Vaccination in the Punjab 1919-1929 - 1919-1929
Year: 1919
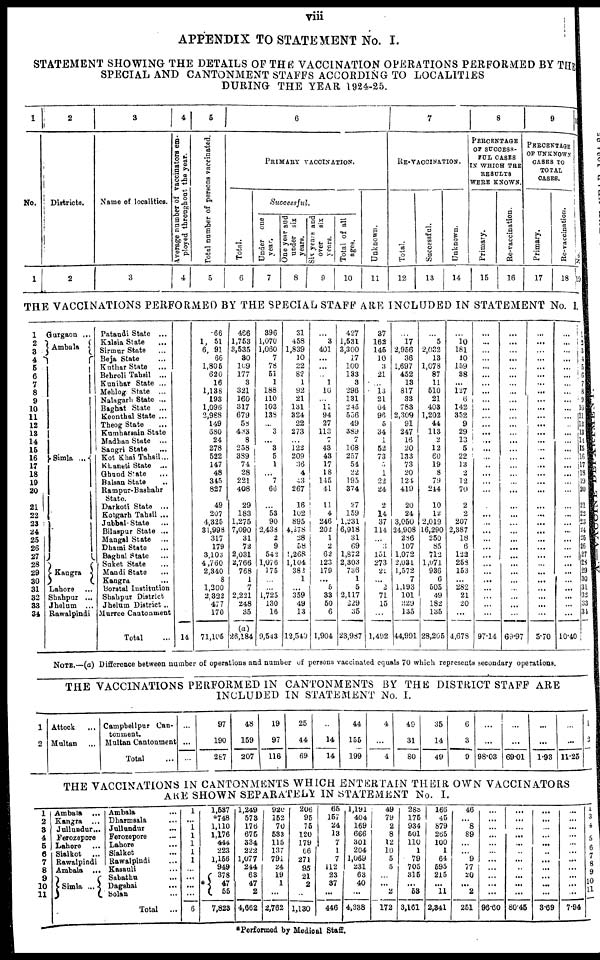
viii
APPENDIX TO STATEMENT No. I.
STATEMENT SHOWING THE DETAILS OF THE VACCINATION OPERATIONS PERFORMED BY THE
SPECIAL AND CANTONMENT STAFFS ACCORDING TO LOCALITIES
DURING THE YEAR 1924-25.
1
No.
1
2
Districts.
2
3
Name of localities.
3
4
Average
number of vaccinators em-
ployed throughout the year.
4
5
Total number of persons vaccinated.
5
6
PRIMARY VACCINATION.
Total.
6
Successful.
Under one
year.
7
One year and
under six
years.
8
Six years and
over
six
years.
9
Total of all
ages.
10
Unknown.
11
7
RE-VACCINATION.
Total.
12
Successful.
13
Unknown.
14
8
PERCENTAGE
OF SUCCESS-
FUL CASES
IN WHICH THE
RESULTS
WERE KNOWN.
Primary.
15
Re-vaccination.
16
9
PERCENTAGE
OF UNKNOWN
CASES TO
TOTAL
CASES.
Primary.
17
Re-vaccination.
18
10
No.
19
THE VACCINATIONS PERFORMED BY THE SPECIAL STAFF ARE INCLUDED IN STATEMENT No. I.
1
2
3
4
5
6
7
8
9
10
11
12
13
14
15
16
17
18
19
20
21
22
23
24
25
26
27
28
29
30
31
32
33
34
Gurgaon ...
Ambala
Simla ...
Kangra
Lahore ...
Shahpur ...
Jhelum
...
Rawalpindi
Pataudi State ...
Kalsia State ...
Sirmur State ...
Beja State ...
Kuthar State ...
Behroli Tahsil ...
Kunihar State ...
Mehlog State ...
Nalagarh State ...
Baghat State ...
Keonthal State ...
Theog State ...
Kumharsain State
Madhan State ...
Sangri State ...
Kot Khai Tahsil ...
Khaneti State ...
Ghund State ...
Balsan State ...
Rampur-Bashahr
State.
Darkoti State ...
Kotgarh Tahsil ...
Jubbal State ...
Bilaspur State ...
Mangal State ...
Dhami State
...
Baghal State
...
Suket State ...
Mandi State ...
Kangra ...
Borstal Institution
Shahpur District
Jhelum District ..
Murree Cantonment
Total ...
14
66
1, 51
6, 91
66
1,805
620
16
1,138
198
1,096
2,988
149
680
24
278
522
147
48
345
827
49
207
4,325
31,998
317
179
3,103
4,760
2,340
8
1,200
2,322
477
170
71,105
466
1,753
3,535
30
109
177
3
321
160
317
679
58
433
8
258
389
74
28
221
408
29
183
1,275
7,090
31
72
2,031
2,766
768
1
7
2,221
248
35
(a)
26,184
396
1,070
1,060
7
78
51
1
188
110
103
138
...
3
...
3
5
1
...
7
66
...
53
90
2,438
2
9
542
1,076
175
...
...
1,725
130
16
9,543
31
458
1,839
10
22
82
1
92
21
131
324
22
273
...
122
209
36
4
43
267
16
102
895
4,278
28
58
1,268
1,104
382
1
...
359
49
13
12,540
...
3
401
...
...
...
1
16
...
11
94
27
113
7
43
43
17
18
145
41
11
4
246
202
1
2
62
123
179
...
5
33
50
6
1,904
427
1,531
3,300
17
100
133
3
296
131
245
556
49
389
7
168
257
54
22
195
374
27
159
1,231
6,918
31
69
1,872
2,303
736
1
5
2,117
229
35
23,987
37
163
145
10
3
21
...
l3
21
64
96
5
34
1
52
73
3
1
22
24
2
14
37
114
...
3
151
273
21
...
2
71
15
...
1,492
...
17
2,956
36
1,697
452
13
817
33
783
2,309
91
247
16
20
133
73
20
124
419
20
24
3,050
24,908
286
107
1,072
2,031
1,572
7
1,193
101
229
135
44,991
...
5
2,032
13
1,078
87
11
510
21
403
1,202
44
113
2
12
60
19
8
79
244
10
12
2,019
16,290
250
85
712
1,071
936
6
503
49
182
135
28,205
...
10
181
10
159
38
...
127
6
142
352
9
29
13
5
22
13
2
12
70
2
2
207
2,387
18
6
123
258
153
...
282
21
20
...
4,678
...
...
...
...
...
...
...
...
...
...
...
...
...
...
...
...
...
...
...
...
...
...
...
...
...
...
...
...
...
...
...
...
...
...
97.14
...
...
...
...
...
...
...
...
...
...
...
...
...
...
...
...
...
...
...
...
...
...
...
...
...
...
...
...
...
...
...
...
...
...
69.97
...
...
...
...
...
...
...
...
...
...
...
...
...
...
...
...
...
...
...
...
...
...
...
...
...
...
...
...
...
...
...
...
...
...
5.70
...
...
...
...
...
...
...
...
...
...
...
...
...
...
...
...
...
...
...
...
...
...
...
...
...
...
...
...
...
...
...
...
...
...
10.40
1
2
3
4
5
6
7
8
9
10
11
12
13
14
15
16
17
18
19
20
21
22
23
24
25
26
27
28
29
30
31
32
33
34
NOTE.—(a) Difference between number of operations and number of persons vaccinated equals 70 which represents secondary operations.
THE VACCINATIONS PERFORMED IN CANTONMENTS BY THE DISTRICT STAFF ARE
INCLUDED IN STATEMENT No. I.
1
2
Attock ...
Multan ...
Campbellpur Can-
tonment.
Multan Cantonment
Total ...
...
...
...
97
190
287
48
159
207
19
97
116
25
44
69
..
14
14
44
155
199
4
...
4
49
31
80
35
14
49
6
3
9
...
...
98.03
...
...
69.01
...
...
1.93
...
...
11.25
1
2
THE VACCINATIONS IN CANTONMENTS WHICH ENTERTAIN THEIR OWN VACCINATORS
ARE SHOWN SEPARATELY IN STATEMENT No. I.
1
2
3
4
5
6
7
8
9
10
11
Ambala
...
Kangra
...
Jullundur ...
Ferozepore
Lahore ...
Sialkot ...
Rawalpindi
Ambala
...
Simla ...
Ambala ...
Dharmsala ...
Jullundur ...
Ferozepore ...
Lahore ...
Sialkot ...
Rawalpindi ...
Kasauli ...
Sabathu ...
Dagshai
...
Solan ...
Total
...
1
...
1
1
1
1
1
...
...
...
...
6
1,537
*748
1,110
1,176
444
223
1,156
949
*
378
47
55
7,823
1,249
573
176
675
334
222
1,077
244
63
47
2
4,662
920
152
70
533
115
137
791
24
19
1
...
2,762
206
95
75
120
179
66
271
95
21
2
...
1,130
65
157
24
13
7
1
7
112
23
37
...
446
1,191
404
169
666
301
204
1,069
231
63
40
...
4,338
49
79
2
8
12
10
5
5
...
... 2
172
285
175
934
501
110
1
79
705
315
...
53
3,161
166
45
879
265
100
1
64
595
215
... 11
2,341
46
...
8
89
...
... 9
77
20
...
2
251
...
...
...
...
...
...
...
...
...
...
...
96.60
...
...
...
...
...
...
...
...
...
...
...
80.45
...
...
...
...
...
..
...
...
...
...
...
3.69
...
...
...
...
...
...
...
...
...
...
...
7.94
1
3
4
5
6
7
8
9
10
11
*Performed by Medical Staff.